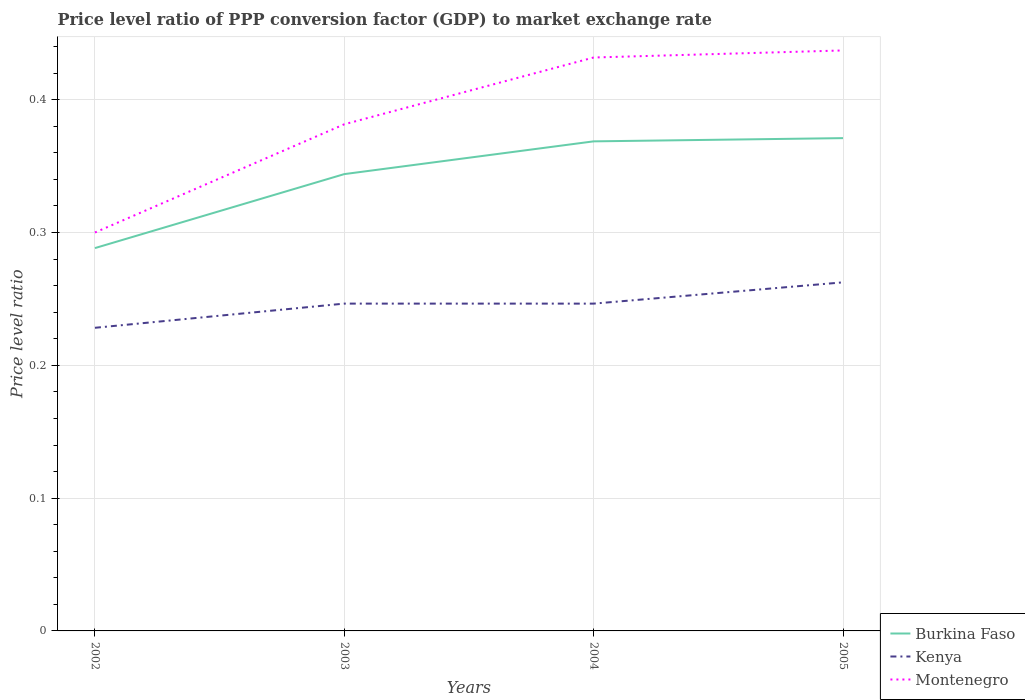
| Years | Burkina Faso | Kenya | Montenegro |
 | --- | --- | --- | --- |
 | 2002 | 0.288 | 0.228 | 0.3 |
 | 2003 | 0.344 | 0.246 | 0.382 |
 | 2004 | 0.369 | 0.246 | 0.432 |
 | 2005 | 0.371 | 0.263 | 0.437 |